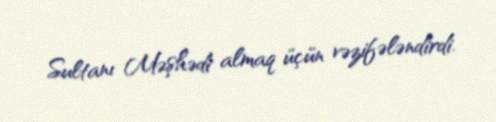
Sultanı Məşhədi almaq üçün vəzifələndirdi.